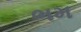
ભમ